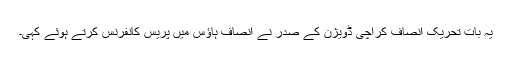
یہ بات تحریک انصاف کراچی ڈویژن کے صدر نے انصاف ہاؤس میں پریس کانفرنس کرتے ہوئے کہی۔